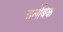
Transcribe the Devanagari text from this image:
अलेंबिक